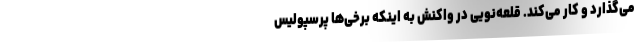
می‌گذارد و کار می‌کند. قلعه‌نویی در واکنش به اینکه برخی‌ها پرسپولیس